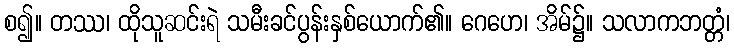
စ၍။ တဿ၊ ထိုသူဆင်းရဲ သမီးခင်ပွန်းနှစ်ယောက်၏။ ဂေဟေ၊ အိမ်၌။ သလာကဘတ္တံ၊